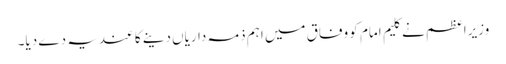
وزیراعظم نے کلیم امام کو وفاق میں اہم ذمہ داریاں دینے کا عندیہ دے دیا۔